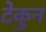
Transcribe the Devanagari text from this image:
टेकुन